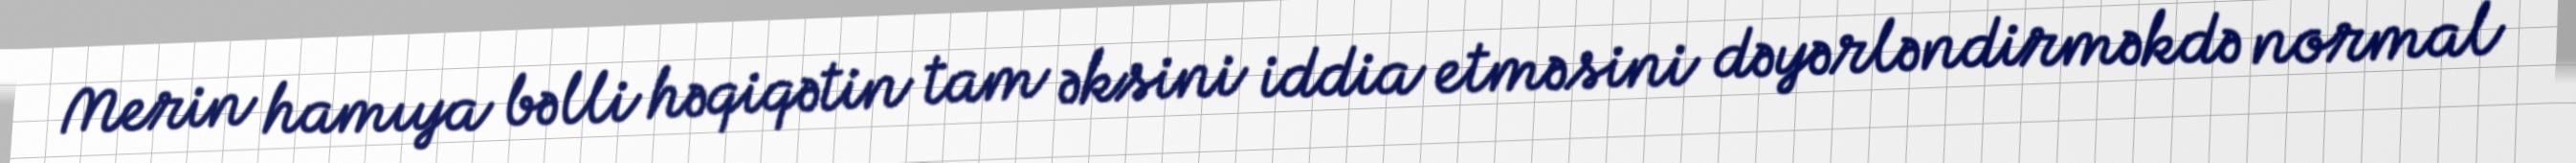
Merin hamıya bəlli həqiqətin tam əksini iddia etməsini dəyərləndirməkdə normal